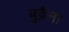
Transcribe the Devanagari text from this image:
बुढ़ैना